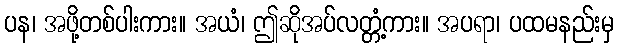
ပန၊ အဖို့တစ်ပါးကား။ အယံ၊ ဤဆိုအပ်လတ္တံ့ကား။ အပရာ၊ ပထမနည်းမှ